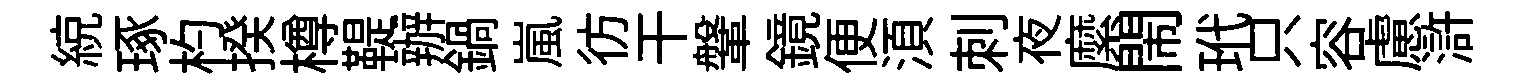
綂琢杓揆樽鞮辦鍋嵐彷干鞶鏡便湏刺夜縻閙玳只容慮滸